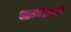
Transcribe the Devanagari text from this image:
धम्मास